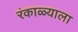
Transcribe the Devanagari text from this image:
रंकाळ्याला